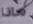
ماذا